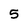
Character: 5